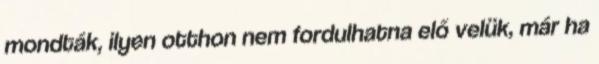
mondták, ilyen otthon nem fordulhatna elő velük, már ha